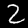
Digit: 2